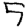
Digit: 5